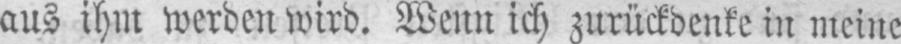
aus ihm werden wird. Wenn ich zurückdenke in meine